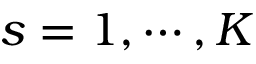
s = 1 , \cdots , K